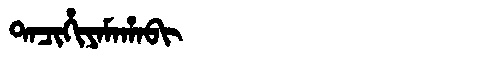
Manchu: ᡨᠠᠴᡳᡥᡳᠶᠠᠮᠠᡥᠠᠪᡳ
Romanization: TACIHIYAMAHABI